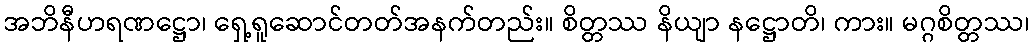
အဘိနီဟရဏဋ္ဌော၊ ရှေ့ရူဆောင်တတ်အနက်တည်း။ စိတ္တဿ နိယျာ နဋ္ဌောတိ၊ ကား။ မဂ္ဂစိတ္တဿ၊